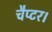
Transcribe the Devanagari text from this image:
चैप्टर।